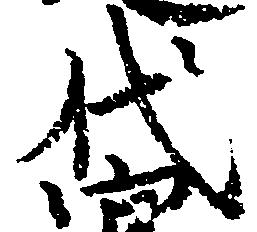
代